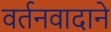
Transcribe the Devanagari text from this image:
वर्तनवादाने